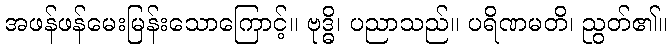
အဖန်ဖန်မေးမြန်းသောကြောင့်။ ဗုဒ္ဓိ၊ ပညာသည်။ ပရိဏမတိ၊ ညွတ်၏။